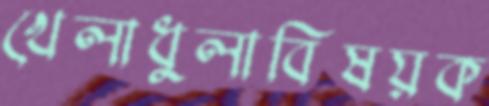
খেলাধুলাবিষয়ক